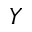
Y